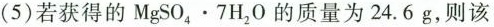
(5)若获得的 $$MgSO_{4}\cdot 7H_{2}O$$ 的质量为24.6g，则该